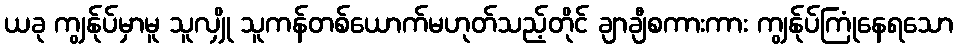
ယခု ကျွန်ုပ်မှာမူ သူလျှို သူကန်တစ်ယောက်မဟုတ်သည့်တိုင် ချာချီစကားကား ကျွန်ုပ်ကြုံနေရသော